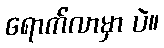
ရောက်လာမှာ ပဲ။